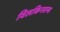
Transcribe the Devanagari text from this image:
विलकिनसन्स